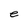
Character: e